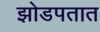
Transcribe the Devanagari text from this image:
झोडपतात